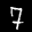
Label: 7